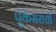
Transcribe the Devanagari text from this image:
पुंकेसरांची